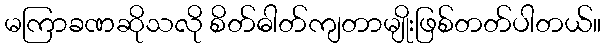
မကြာခဏဆိုသလို စိတ်ဓါတ်ကျတာမျိုးဖြစ်တတ်ပါတယ်။